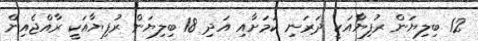
12 ބިލިޔަން ރުފިޔާއަކީ ދަރަނި ކަމަށާއި އަދި 18 ބިލިޔަން ރުފިޔާއަކީ ރާއްޖެއިން